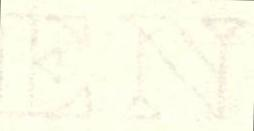
EN